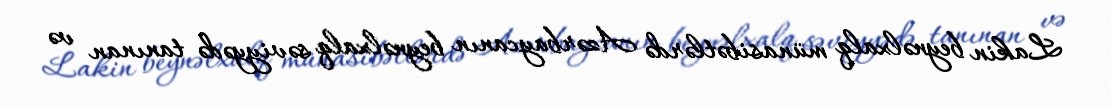
Lakin beynəlxalq münasibətlərdə Azərbaycanın beynəlxalq səviyyədə tanınan və